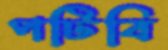
পটিবি